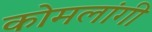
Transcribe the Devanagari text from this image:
कोमलांगी